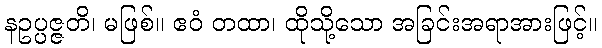
နဥပ္ပဇ္ဇတိ၊ မဖြစ်။ ဧဝံ တထာ၊ ထိုသို့သော အခြင်းအရာအားဖြင့်။